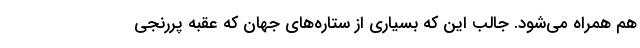
هم همراه می‌شود. جالب این‌ که بسیاری از ستاره‌های جهان که عقبه پررنجی